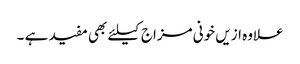
علاوہ ازیں خونی مزاج کیلئے بھی مفید ہے ۔